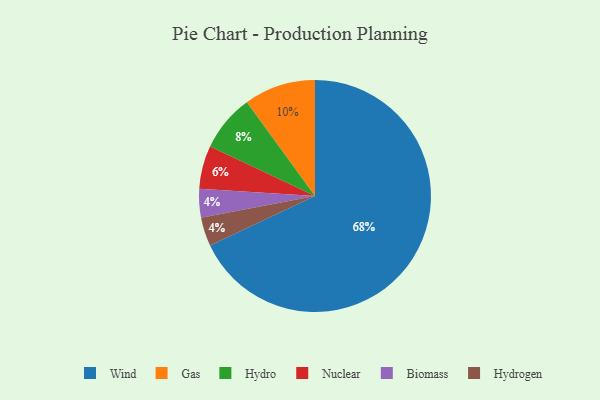
{"axis": {"x": "Category", "y": "Percentage"}, "legend": ["Biomass", "Gas", "Hydro", "Hydrogen", "Nuclear", "Wind"], "data": [{"x": "Hydro", "y": 8, "type": "Hydro"}, {"x": "Biomass", "y": 4, "type": "Biomass"}, {"x": "Nuclear", "y": 6, "type": "Nuclear"}, {"x": "Hydrogen", "y": 4, "type": "Hydrogen"}, {"x": "Gas", "y": 10, "type": "Gas"}, {"x": "Wind", "y": 68, "type": "Wind"}]}